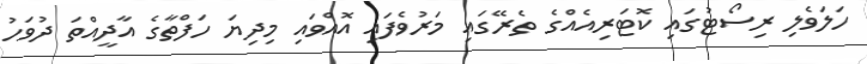
ހަލަވެލި ރިސޯޓުގައި ކޮޓަރިއެއްގެ ތެރޭގައި މަރުވެފައި އޮއްވައި މިދިޔަ ހަފްތާގެ އާދީއްތަ ދުވަހު